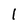
Character: 1